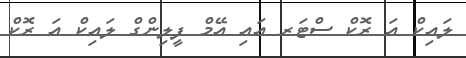
ލައިކް އަ ރޮކް ސްޓަރ އައި އޭމް ފީލިންގް ލައިކް އަ ރޮކް